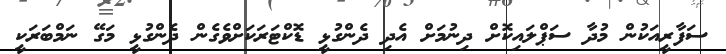
ސަފާރީއަކުން މުދާ ސަޕްލައިކޮށް ދިނުމަށް އެދި ދެންގުޅީ ޑޮކްޓަރަކަށްވެގެން ދެންގުޅީ މަގޭ ނަމްބަރަކީ